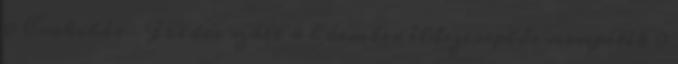
0 Csokibár- Földre száll a hóember élőszereplős mesejáték 0